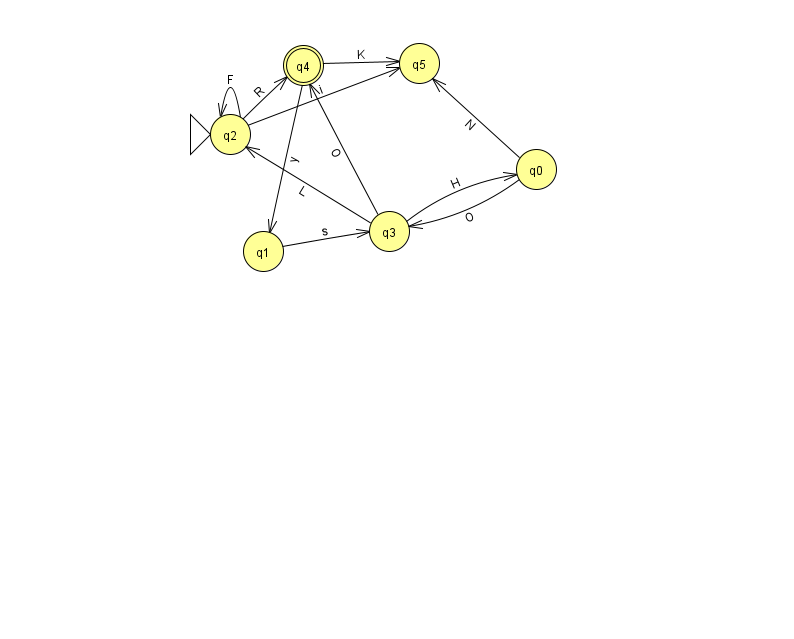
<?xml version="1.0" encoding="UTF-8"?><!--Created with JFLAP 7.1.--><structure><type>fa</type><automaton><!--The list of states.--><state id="0" name="q0"><x>536.0</x><y>156.0</y></state><state id="1" name="q1"><x>263.0</x><y>238.0</y></state><state id="2" name="q2"><x>230.0</x><y>121.0</y><initial/></state><state id="3" name="q3"><x>389.0</x><y>218.0</y></state><state id="4" name="q4"><x>303.0</x><y>52.0</y><final/></state><state id="5" name="q5"><x>419.0</x><y>50.0</y></state><!--The list of transitions.--><transition><from>1</from><to>3</to><read>s</read></transition><transition><from>3</from><to>4</to><read>O</read></transition><transition><from>4</from><to>1</to><read>y</read></transition><transition><from>4</from><to>5</to><read>K</read></transition><transition><from>2</from><to>2</to><read>F</read></transition><transition><from>2</from><to>4</to><read>R</read></transition><transition><from>3</from><to>0</to><read>H</read></transition><transition><from>3</from><to>2</to><read>L</read></transition><transition><from>0</from><to>5</to><read>N</read></transition><transition><from>2</from><to>5</to><read>i</read></transition><transition><from>0</from><to>3</to><read>O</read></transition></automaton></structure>